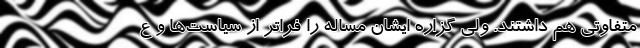
متفاوتی هم داشتند. ولی گزاره ایشان مساله را فراتر از سیاست‌ها و ع